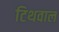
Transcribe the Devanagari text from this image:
टिथवाल